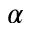
\alpha